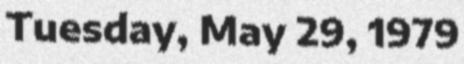
Tuesday, May 29, 1979